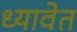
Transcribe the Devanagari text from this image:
ध्यावेत